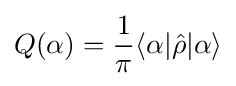
Q(\alpha )={\frac {1}{\pi }}\langle \alpha |{\hat {\rho }}|\alpha \rangle